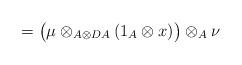
LaTeX: \begin{align*}= \big(\mu \otimes _{A\otimes DA} (1_A \otimes x)\big) \otimes _A \nu\end{align*}